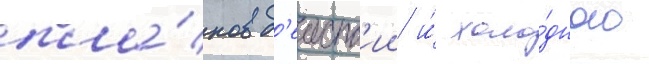
пла́нов д'еиств'ии и́ холо́дного